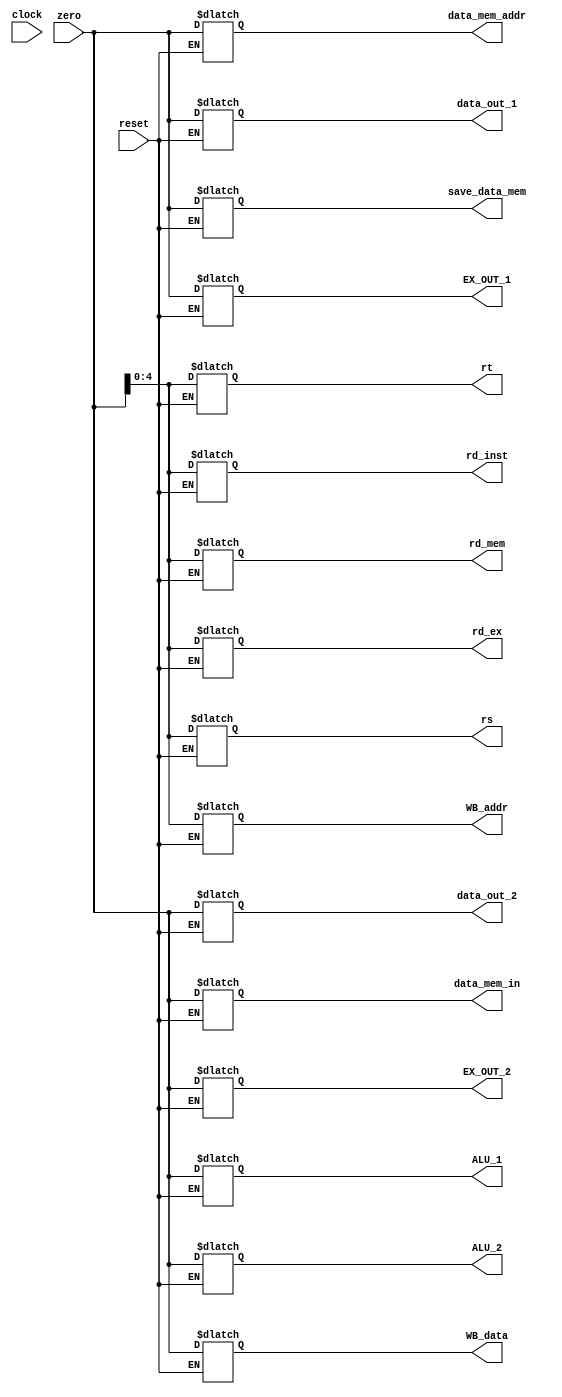
//Module to reset shit

module Reset(
			input wire reset,
			input wire [31:0] zero,
			input wire clock,
			output reg [31:0] data_mem_in,
			output reg [31:0] data_mem_addr,
			output reg [4:0] rd_mem,
			output reg [31:0] WB_data,
			output reg [4:0] WB_addr,
			output reg [31:0] ALU_1,
			output reg [31:0] ALU_2,
			output reg [31:0] save_data_mem,
			output reg [31:0] EX_OUT_1,
			output reg [31:0] EX_OUT_2,
			output reg [4:0] rd_ex,
			output reg [31:0] data_out_1,
			output reg [31:0] data_out_2,
			output reg [4:0] rd_inst,
			output reg [4:0] rs,
			output reg [4:0] rt);
			
			
	always @* begin 
		if(!reset) begin 	
			data_mem_in[31:0] = zero[31:0];
			data_mem_addr[31:0] = zero[31:0];
			rd_mem[4:0] = zero[4:0];
			WB_data[31:0] = zero[31:0];
			WB_addr[4:0] = zero[4:0];
			ALU_1[31:0] = zero[31:0];
			ALU_2[31:0] = zero[31:0];
			save_data_mem[31:0] = zero[31:0];
			EX_OUT_1[31:0] = zero[31:0];
			EX_OUT_2[31:0] = zero[31:0];
			rd_ex[4:0] = zero[4:0];
			data_out_1[31:0] = zero[31:0];
			data_out_2[31:0] = zero[31:0];
			rd_inst[4:0] = zero[4:0];
			rs[4:0] = zero[4:0];
			rt[4:0] = zero[4:0];
		end
	end
	
endmodule